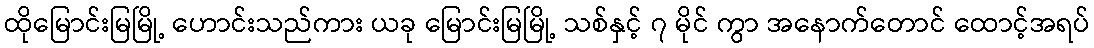
ထိုမြောင်းမြမြို့ ဟောင်းသည်ကား ယခု မြောင်းမြမြို့ သစ်နှင့် ၇ မိုင် ကွာ အနောက်တောင် ထောင့်အရပ်